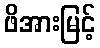
ဖိအားမြင့်